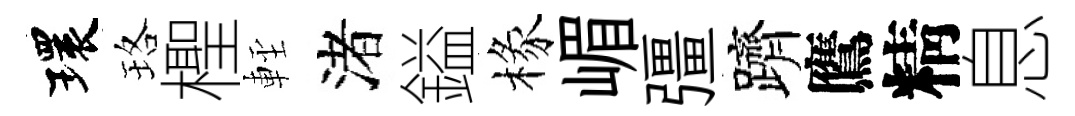
環珞檉䡖渚鎰椽嵋彊躋鷹精息